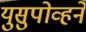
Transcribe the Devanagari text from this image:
युसुपोव्हने